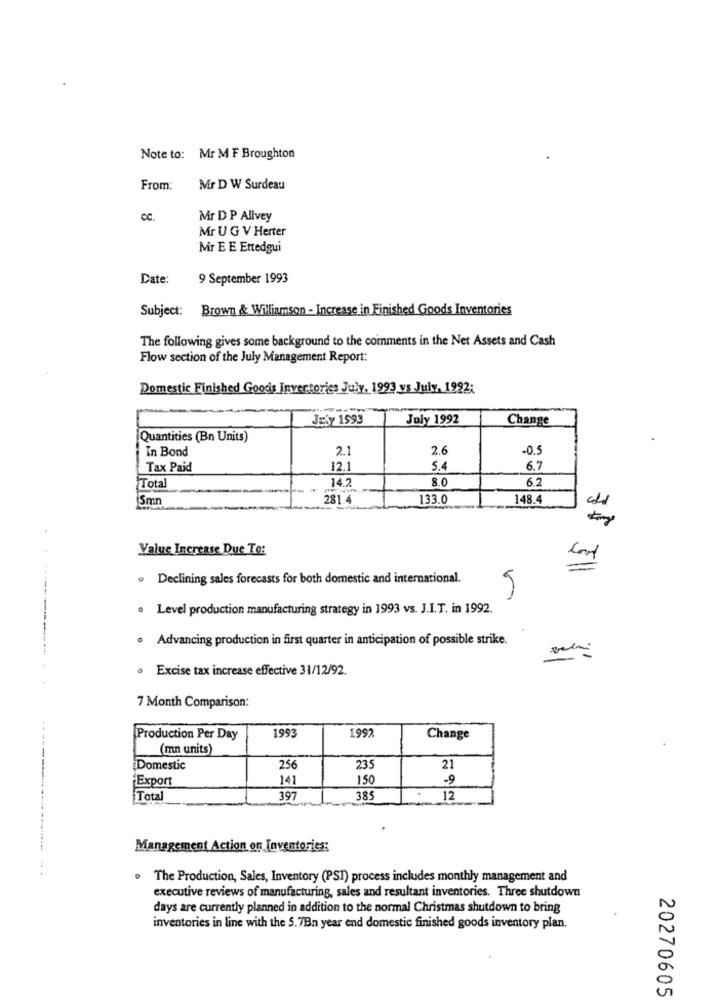
Note to: Mr M F Broughton
From:
Mr D W Surdeau
CC.
Mr D P Allvey
Mr UG V Herter
Mr E E Ettedgui
Date:
9 September 1993
Subject: Brown & Williamson - Increase in Finished Goods Inventories
The following gives some background to the comments in the Net Assets and Cash
Flow section of the July Management Report:
Domestic Finished Goods Invertories July, 1993 vs July, 1992:
JEby 1993
July 1992
Change
Quantities (Bn Units)
In Bond
21
2.6
-0.5
Tax Paid
12.1
5.4
6.7
14.2
8.0
62
Total
ISmn
281.4
133.0
148.4
Value Increase Due To:
Declining sales forecasts for both domestic and international.
. Level production manufacturing strategy in 1993 vs. J.I.T. in 1992.
· Advancing production in first quarter in anticipation of possible strike.
· Excise tax increase effective 31/12/92.
7 Month Comparison:
1992.
Production Per Day
1993
Change
(mn units)
Domestic
256
235
21
Export
141
1.50
-9
Total
397
385
.
12
Management Action on Inventories:
The Production, Sales, Inventory (PST) process includes monthly management and
executive reviews of manufacturing, sales and resultant inventories. Three shutdown
days are currently planned in addition to the normal Christmas shutdown to bring
inventories in line with the 5.7Bn year end domestic finished goods inventory plan.
20270605